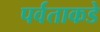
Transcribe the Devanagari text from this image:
पर्वताकडे